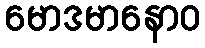
မောဒမာနောဝ